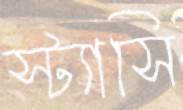
স্ট্যাসি